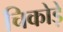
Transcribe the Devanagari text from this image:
चिकोड़े